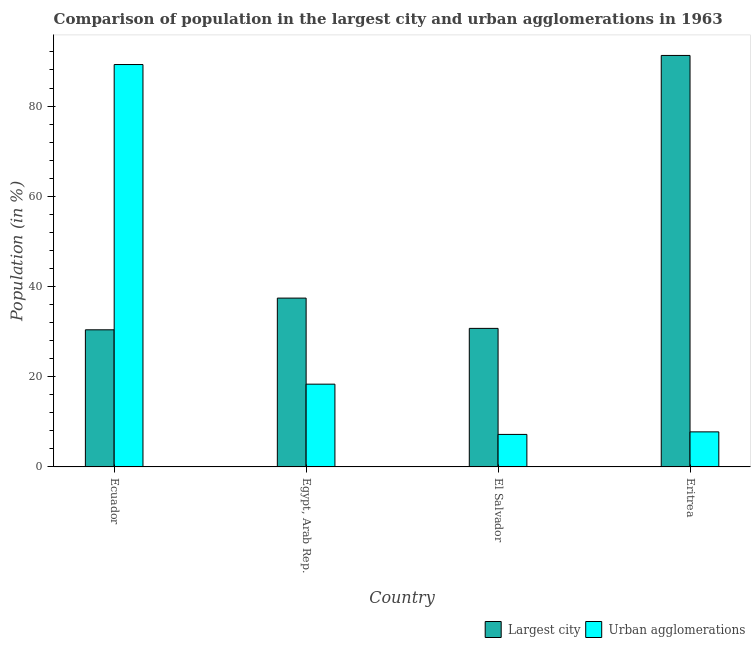
| Country | Largest city | Urban agglomerations |
 | --- | --- | --- |
 | Ecuador | 30.4 | 89.2 |
 | Egypt, Arab Rep. | 37.4 | 18.3 |
 | El Salvador | 30.7 | 7.21 |
 | Eritrea | 91.2 | 7.77 |